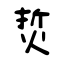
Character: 烲